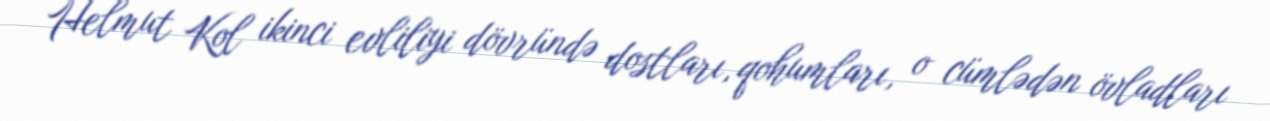
Helmut Kol ikinci evliliyi dövründə dostları, qohumları, o cümlədən övladları